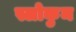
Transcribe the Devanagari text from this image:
स्लोकुम